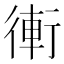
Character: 䡓